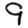
Digit: 9